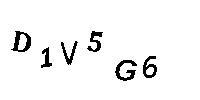
D1V5G6